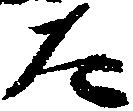
た